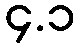
၄.၁